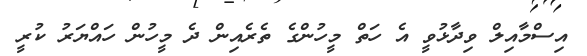
އިސްމާއިލް ވިދާޅުވީ އެ ހަތް މީހުންގެ ތެރެއިން ދެ މީހުން ހައްޔަރު ކުރީ